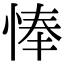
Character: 𢜗